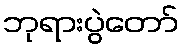
ဘုရားပွဲတော်